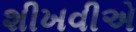
શીખવીએ